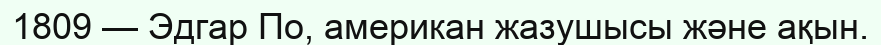
1809 — Эдгар По, американ жазушысы және ақын.